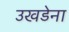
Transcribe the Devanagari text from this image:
उखडेना